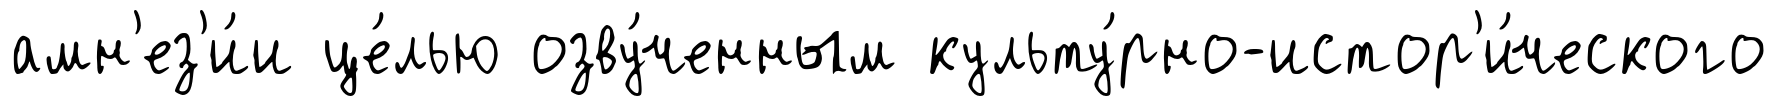
амн'ез'и́и це́лью озву́ченным культу́рно-истор'и́ческого